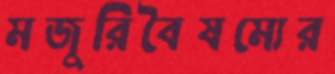
মজুরিবৈষম্যের